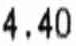
4.40